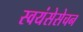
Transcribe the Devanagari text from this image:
स्वयंसेसेचन